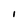
Character: I